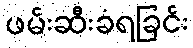
ဖမ်းဆီးခံရခြင်း